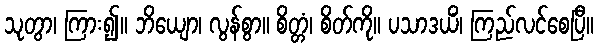
သုတွာ၊ ကြား၍။ ဘိယျော၊ လွန်စွာ။ စိတ္တံ၊ စိတ်ကို။ ပသာဒယိံ၊ ကြည်လင်စေပြီ။